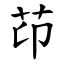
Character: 䒢